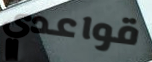
قواعدي